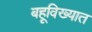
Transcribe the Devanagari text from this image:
बहूविख्यात